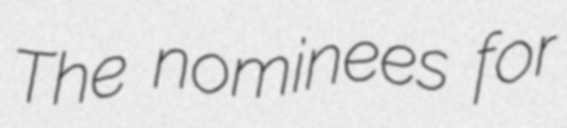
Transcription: The nominees for